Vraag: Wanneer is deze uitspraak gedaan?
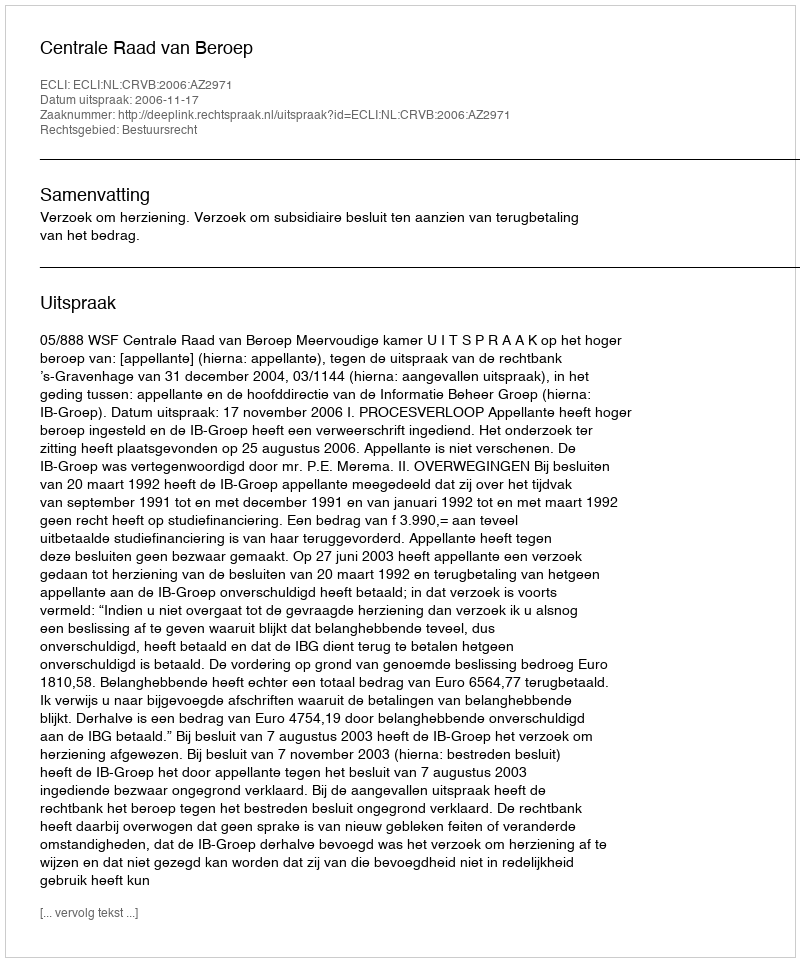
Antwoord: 2006-11-17